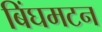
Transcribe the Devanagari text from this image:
बिंघमटन